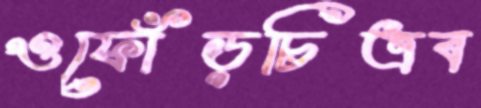
ওফোঁড়চিত্রব